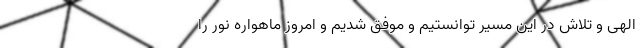
الهی و تلاش در این مسیر توانستیم و موفق شدیم و امروز ماهواره نور را